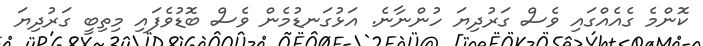
ކޮންމެ ގެއެއްގައި ވެސް ގަރުދިޔަ ހުންނާނެ. އަޅުގަނޑުމެން ވެސް ބޮޑުވެފައި މިތިބީ ގަރުދިޔަ